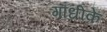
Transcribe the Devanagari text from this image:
गांधीके